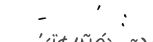
-    '  :